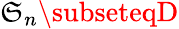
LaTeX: \mathfrak{S}_{n}\subseteqD